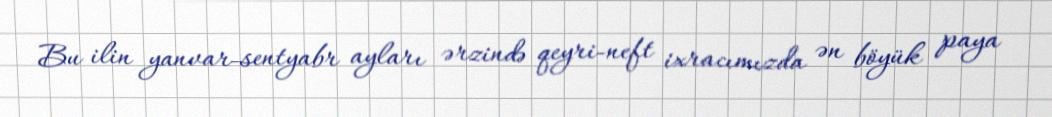
Bu ilin yanvar-sentyabr ayları ərzində qeyri-neft ixracımızda ən böyük paya